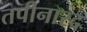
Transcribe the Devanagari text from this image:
तपीनारद